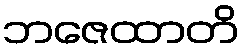
ဘဇေထာတိ